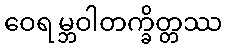
ဝေရမ္ဘဝါတက္ခိတ္တဿ